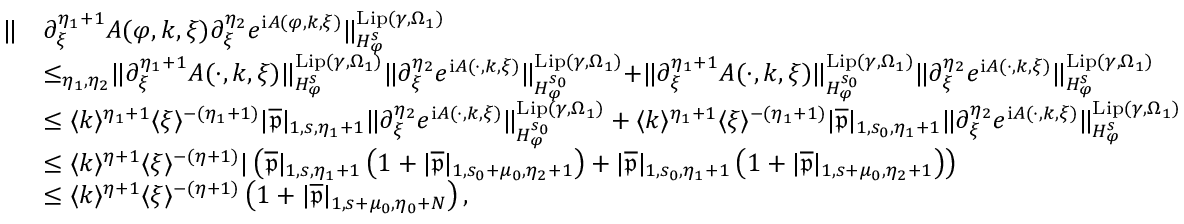
\begin{array} { r l } { \rVert } & { \partial _ { \xi } ^ { \eta _ { 1 } + 1 } A ( \varphi , k , \xi ) \partial _ { \xi } ^ { \eta _ { 2 } } e ^ { \mathrm { i } A ( \varphi , k , \xi ) } \rVert _ { H _ { \varphi } ^ { s } } ^ { \mathrm { L i p } ( \gamma , \Omega _ { 1 } ) } } \\ & { \le _ { \eta _ { 1 } , \eta _ { 2 } } \rVert \partial _ { \xi } ^ { \eta _ { 1 } + 1 } A ( \cdot , k , \xi ) \rVert _ { H _ { \varphi } ^ { s } } ^ { \mathrm { L i p } ( \gamma , \Omega _ { 1 } ) } \rVert \partial _ { \xi } ^ { \eta _ { 2 } } e ^ { \mathrm { i } A ( \cdot , k , \xi ) } \rVert _ { H _ { \varphi } ^ { s _ { 0 } } } ^ { \mathrm { L i p } ( \gamma , \Omega _ { 1 } ) } + \rVert \partial _ { \xi } ^ { \eta _ { 1 } + 1 } A ( \cdot , k , \xi ) \rVert _ { H _ { \varphi } ^ { s _ { 0 } } } ^ { \mathrm { L i p } ( \gamma , \Omega _ { 1 } ) } \rVert \partial _ { \xi } ^ { \eta _ { 2 } } e ^ { \mathrm { i } A ( \cdot , k , \xi ) } \rVert _ { H _ { \varphi } ^ { s } } ^ { \mathrm { L i p } ( \gamma , \Omega _ { 1 } ) } } \\ & { \le \langle k \rangle ^ { \eta _ { 1 } + 1 } \langle \xi \rangle ^ { - ( \eta _ { 1 } + 1 ) } | \overline { { \mathfrak { p } } } | _ { 1 , s , \eta _ { 1 } + 1 } \rVert \partial _ { \xi } ^ { \eta _ { 2 } } e ^ { \mathrm { i } A ( \cdot , k , \xi ) } \rVert _ { H _ { \varphi } ^ { s _ { 0 } } } ^ { \mathrm { L i p } ( \gamma , \Omega _ { 1 } ) } + \langle k \rangle ^ { \eta _ { 1 } + 1 } \langle \xi \rangle ^ { - ( \eta _ { 1 } + 1 ) } | \overline { { \mathfrak { p } } } | _ { 1 , s _ { 0 } , \eta _ { 1 } + 1 } \rVert \partial _ { \xi } ^ { \eta _ { 2 } } e ^ { \mathrm { i } A ( \cdot , k , \xi ) } \rVert _ { H _ { \varphi } ^ { s } } ^ { \mathrm { L i p } ( \gamma , \Omega _ { 1 } ) } } \\ & { \le \langle k \rangle ^ { \eta + 1 } \langle \xi \rangle ^ { - ( \eta + 1 ) } | \left( \overline { { \mathfrak { p } } } | _ { 1 , s , \eta _ { 1 } + 1 } \left( 1 + | \overline { { \mathfrak { p } } } | _ { 1 , s _ { 0 } + \mu _ { 0 } , \eta _ { 2 } + 1 } \right) + | \overline { { \mathfrak { p } } } | _ { 1 , s _ { 0 } , \eta _ { 1 } + 1 } \left( 1 + | \overline { { \mathfrak { p } } } | _ { 1 , s + \mu _ { 0 } , \eta _ { 2 } + 1 } \right) \right) } \\ & { \le \langle k \rangle ^ { \eta + 1 } \langle \xi \rangle ^ { - ( \eta + 1 ) } \left( 1 + | \overline { { \mathfrak { p } } } | _ { 1 , s + \mu _ { 0 } , \eta _ { 0 } + N } \right) , } \end{array}